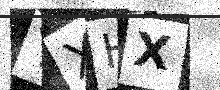
Text: YXHX